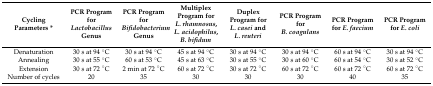
| Cycling Parameters * | PCR Program for Lactobacillus Genus | PCR Program for Bifidobacterium Genus | Multiplex Program for L. rhamnosus, L. acidophilus, B. bifidum | Duplex Program for L. casei and L. reuteri | PCR Program for B. coagulans | PCR Program for E. faecium | PCR Program for E. coli |
 | --- | --- | --- | --- | --- | --- | --- | --- |
 | Denaturation | 30 s at 94 °C | 30 s at 94 °C | 45 s at 94 °C | 30 s at 94 °C | 30 s at 94 °C | 60 s at 94 °C | 30 s at 94 °C |
 | Annealing | 30 s at 55 °C | 60 s at 53 °C | 45 s at 63 °C | 30 s at 55 °C | 30 s at 60 °C | 60 s at 54 °C | 30 s at 52 °C |
 | Extension | 30 s at 72 °C | 2 min at 72 °C | 60 s at 72 °C | 30 s at 72 °C | 60 s at 72 °C | 60 s at 72 °C | 60 s at 72 °C |
 | Number of cycles | 20 | 35 | 30 | 30 | 30 | 40 | 35 |